Calcutta medical institutions reports 1879-81 [i.e.91]
Year: 1879
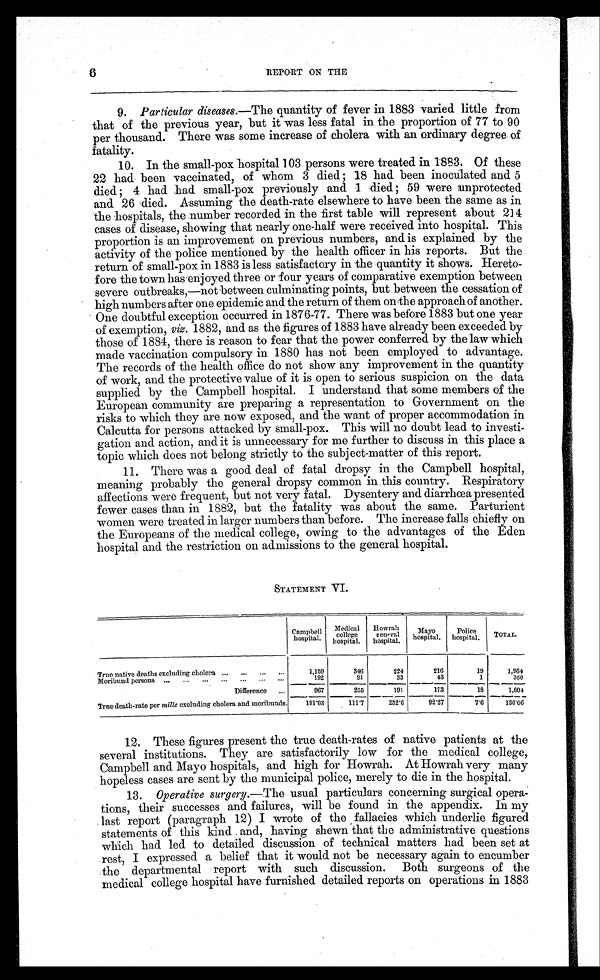
6
REPORT ON THE
9. Particular diseases.—The quantity of fever in 1883 varied little from
that of the previous year, but it was less fatal in the proportion of 77 to 90
per thousand. There was some increase of cholera with an ordinary degree of
fatality.
10. In the small-pox hospital 103 persons were treated in 1883. Of these
22 had been vaccinated, of whom 3 died ; 18 had been inoculated and 5
d i e d ; 4 h a d h a d s m a l l - p o x p r e v i o u s l y a n d 1 d i e d ; 5 9 w e r e u n p r o t e c t e d
and 26 died. Assuming the death-rate elsewhere to have been the same as in
the hospitals, the number recorded in the first table will represent about 214
cases of disease, showing that nearly one-half were received into hospital. This
proportion is an improvement on previous numbers, and is explained by the
activity of the police mentioned by the health officer in his reports. But the
return of small-pox in 1883 is less satisfactory in the quantity it shows. Hereto-
fore the town has enjoyed three or four years of comparative exemption between
severe outbreaks,—not between culminating points, but between the cessation of
high numbers after one epidemic and the return of them on the approach of another.
One doubtful exception occurred in 1876-77. There was before 1883 but one year
of exemption, viz. 1882, and as the figures of 1883 have already been exceeded by
those of 1884, there is reason to fear that the power conferred by the law which
made vaccination compulsory in 1880 has not been employed to advantage.
The records of the health office do not show any improvement in the quantity
of work, and the protective value of it is open to serious suspicion on the data
supplied by the Campbell hospital. I understand that some members of the
European community are preparing a representation to Government on the
risks to which they are now exposed, and the want of proper accommodation in
Calcutta for persons attacked by small-pox. This will no doubt lead to investi-
gation and action, and it is unnecessary for me further to discuss in this place a
topic which does not belong strictly to the subject-matter of this report.
11. There was a good deal of fatal dropsy in the Campbell hospital,
meaning probably the general dropsy common in this country. Respiratory
affections were frequent, but not very fatal. Dysentery and diarrhœa presented
fewer cases than in 1882, but the fatality was about the same. Parturient
women were treated in larger numbers than before. The increase falls chiefly on
the Europeans of the medical college, owing to the advantages of the Eden
hospital and the restriction on admissions to the general hospital.
STATEMENT VI.
C a m p b e l l h o s p i t a l .
Medical
college
hospital.
Howrah
general
hospital.
Mayo
hospital. Police
hospital. TOTAL.
True native deaths excluding cholera ... ... ... ...
1,159
346
224
216
19
1,964
Moribund persons ... ... ... ...
. . .
. . .
. . .
192
91
33
43
1
360
Difference ...
967
255
191
173
18
1,604
True death-rate per mille excluding cholera and moribunds.
191.03
111.7
252.6
92.27
7.6
130.06
12. These figures present the true death-rates of native patients at the
several institutions. They are satisfactorily low for the medical college,
Campbell and Mayo hospitals, and high for Howrah. At Howrah very many
hopeless cases are sent by the municipal police, merely to die in the hospital.
13. Operative surgery.—The usual particulars concerning surgical opera
tions, their successes and failures, will be found in the appendix. In my
last report (paragraph 12) I wrote of the fallacies which underlie figured
statements of this kind and, having shewn that the administrative questions
which had led to detailed discussion of technical matters had been set at
rest, I expressed a belief that it would not be necessary again to encumber
the departmental report with such discussion. Both surgeons of the
medical college hospital have furnished detailed reports on operations in 1883